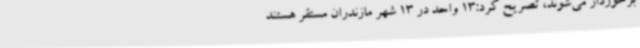
برخوردار می‌شوند، تصریح کرد:13 واحد در 13 شهر مازندران مستقر هستند